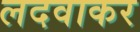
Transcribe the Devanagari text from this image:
लदवाकर